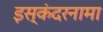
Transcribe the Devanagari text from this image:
इस्कंदरनामा